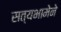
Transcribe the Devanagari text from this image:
सत्यभामेने